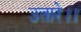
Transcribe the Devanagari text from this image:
उतारे।।